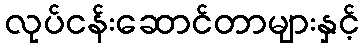
လုပ်ငန်းဆောင်တာများနှင့်